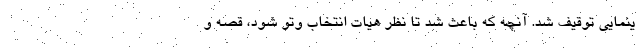
ینمایی توقیف شد. آنچه که باعث شد تا نظر هیات انتخاب وتو شود، قصه و